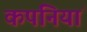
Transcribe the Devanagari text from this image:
कपंनियां